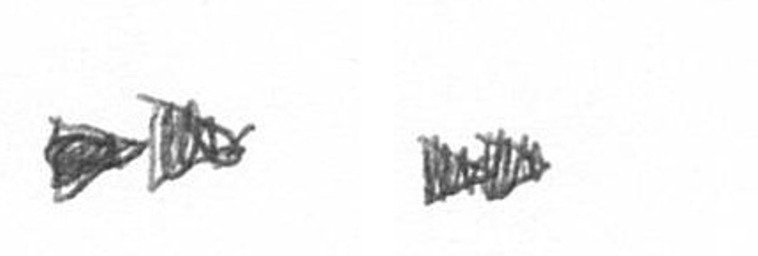
A A